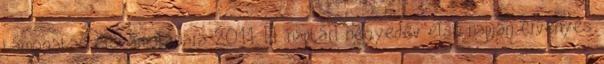
támogatás elszámolására 2011. III. naptári negyedév első napján érvényes